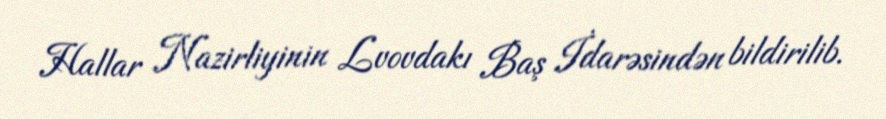
Hallar Nazirliyinin Lvovdakı Baş İdarəsindən bildirilib.